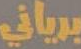
برياني